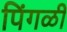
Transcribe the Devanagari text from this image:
पिंगळी